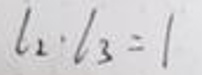
$l_{2}\cdot l_{3}=1$